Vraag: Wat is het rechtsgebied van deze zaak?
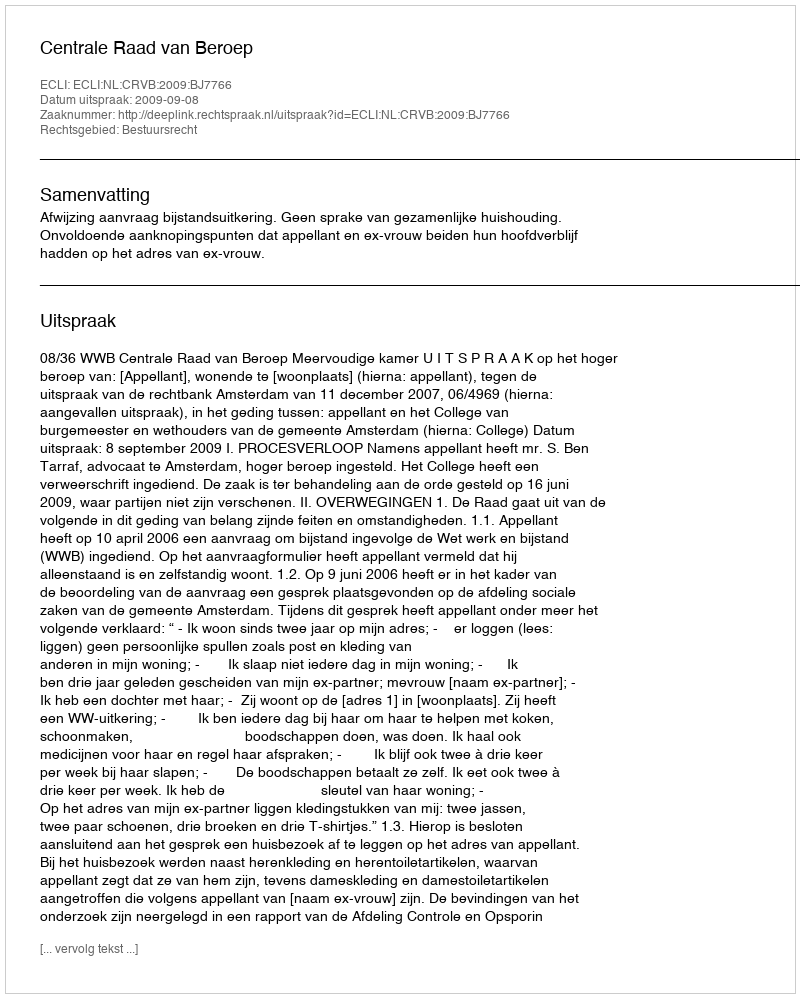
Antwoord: Bestuursrecht